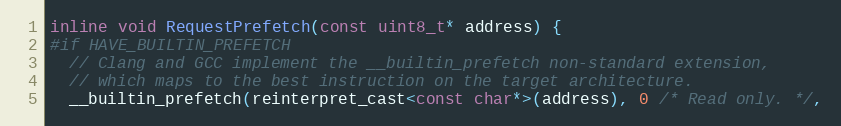
Language: C
inline void RequestPrefetch(const uint8_t* address) {
#if HAVE_BUILTIN_PREFETCH
  // Clang and GCC implement the __builtin_prefetch non-standard extension,
  // which maps to the best instruction on the target architecture.
  __builtin_prefetch(reinterpret_cast<const char*>(address), 0 /* Read only. */,